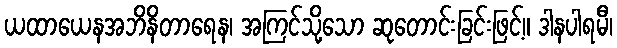
ယထာယေနအဘိနိတာရေန၊ အကြင်သို့သော ဆုတောင်းခြင်းဖြင့်။ ဒါနပါရမီ၊